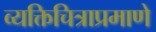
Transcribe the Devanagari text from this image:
व्यक्तिचित्राप्रमाणे